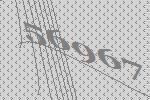
56967